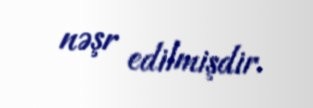
nəşr edilmişdir.